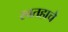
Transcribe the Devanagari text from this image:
स्वतहाचे